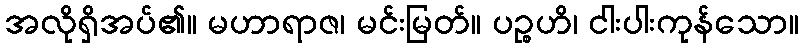
အလိုရှိအပ်၏။ မဟာရာဇ၊ မင်းမြတ်။ ပဉ္စဟိ၊ ငါးပါးကုန်သော။